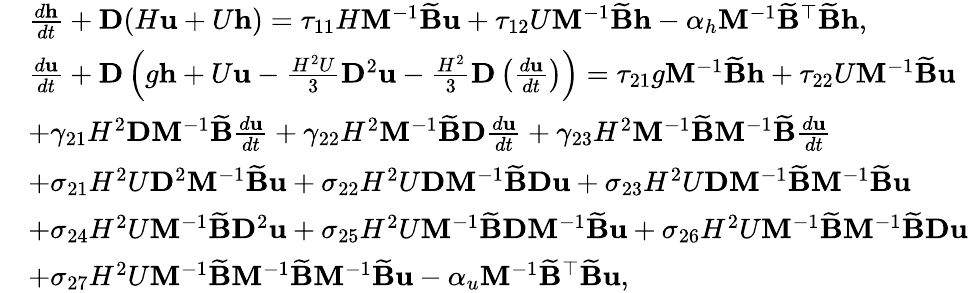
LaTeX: \begin{array}{rl}&{\frac{d\mathbf{h}}{dt}+\mathbf{D}(H\mathbf{u}+U\mathbf{h})=\tau_{11}H\mathbf{M}^{-1}\widetilde{\mathbf{B}}\mathbf{u}+\tau_{12}U\mathbf{M}^{-1}\widetilde{\mathbf{B}}\mathbf{h}-\alpha_{h}\mathbf{M}^{-1}\widetilde{\mathbf{B}}^{\top}\widetilde{\mathbf{B}}\mathbf{h},}\\ &{\frac{d\mathbf{u}}{dt}+\mathbf{D}\left(g\mathbf{h}+U\mathbf{u}-\frac{H^{2}U}{3}\mathbf{D}^{2}\mathbf{u}-\frac{H^{2}}{3}\mathbf{D}\left(\frac{d\mathbf{u}}{dt}\right)\right)=\tau_{21}g\mathbf{M}^{-1}\widetilde{\mathbf{B}}\mathbf{h}+\tau_{22}U\mathbf{M}^{-1}\widetilde{\mathbf{B}}\mathbf{u}}\\ &{+\gamma_{21}H^{2}\mathbf{D}\mathbf{M}^{-1}\widetilde{\mathbf{B}}\frac{d\mathbf{u}}{dt}+\gamma_{22}H^{2}\mathbf{M}^{-1}\widetilde{\mathbf{B}}\mathbf{D}\frac{d\mathbf{u}}{dt}+\gamma_{23}H^{2}\mathbf{M}^{-1}\widetilde{\mathbf{B}}\mathbf{M}^{-1}\widetilde{\mathbf{B}}\frac{d\mathbf{u}}{dt}}\\ &{+\sigma_{21}H^{2}U\mathbf{D}^{2}\mathbf{M}^{-1}\widetilde{\mathbf{B}}\mathbf{u}+\sigma_{22}H^{2}U\mathbf{D}\mathbf{M}^{-1}\widetilde{\mathbf{B}}\mathbf{D}\mathbf{u}+\sigma_{23}H^{2}U\mathbf{D}\mathbf{M}^{-1}\widetilde{\mathbf{B}}\mathbf{M}^{-1}\widetilde{\mathbf{B}}\mathbf{u}}\\ &{+\sigma_{24}H^{2}U\mathbf{M}^{-1}\widetilde{\mathbf{B}}\mathbf{D}^{2}\mathbf{u}+\sigma_{25}H^{2}U\mathbf{M}^{-1}\widetilde{\mathbf{B}}\mathbf{D}\mathbf{M}^{-1}\widetilde{\mathbf{B}}\mathbf{u}+\sigma_{26}H^{2}U\mathbf{M}^{-1}\widetilde{\mathbf{B}}\mathbf{M}^{-1}\widetilde{\mathbf{B}}\mathbf{D}\mathbf{u}}\\ &{+\sigma_{27}H^{2}U\mathbf{M}^{-1}\widetilde{\mathbf{B}}\mathbf{M}^{-1}\widetilde{\mathbf{B}}\mathbf{M}^{-1}\widetilde{\mathbf{B}}\mathbf{u}-\alpha_{u}\mathbf{M}^{-1}\widetilde{\mathbf{B}}^{\top}\widetilde{\mathbf{B}}\mathbf{u},}\end{array}